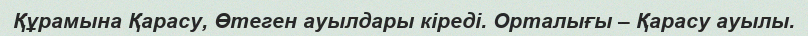
Құрамына Қарасу, Өтеген ауылдары кіреді. Орталығы – Қарасу ауылы.